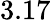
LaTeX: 3.17